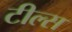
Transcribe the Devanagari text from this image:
टील्स